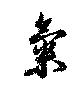
氣